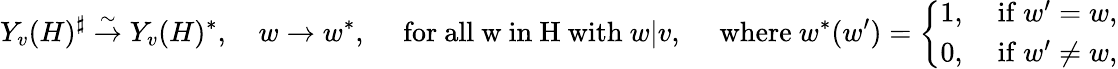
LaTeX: Y_{v}(H)^{\sharp}\overset\sim\rightarrow Y_{v}(H)^{\ast},\quad w\to w^{\ast},\quad\mathrm{~for~all~w~in~H~with~}w|v,\quad\mathrm{~where~}w^{\ast}(w^{\prime})=\left\{ \begin{array}{ll}{1,}&{\mathrm{~if~}w^{\prime}=w,}\\ {0,}&{\mathrm{~if~}w^{\prime}\ne w,}\end{array}\right.